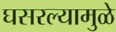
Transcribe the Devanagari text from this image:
घसरल्यामुळे